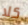
كلا